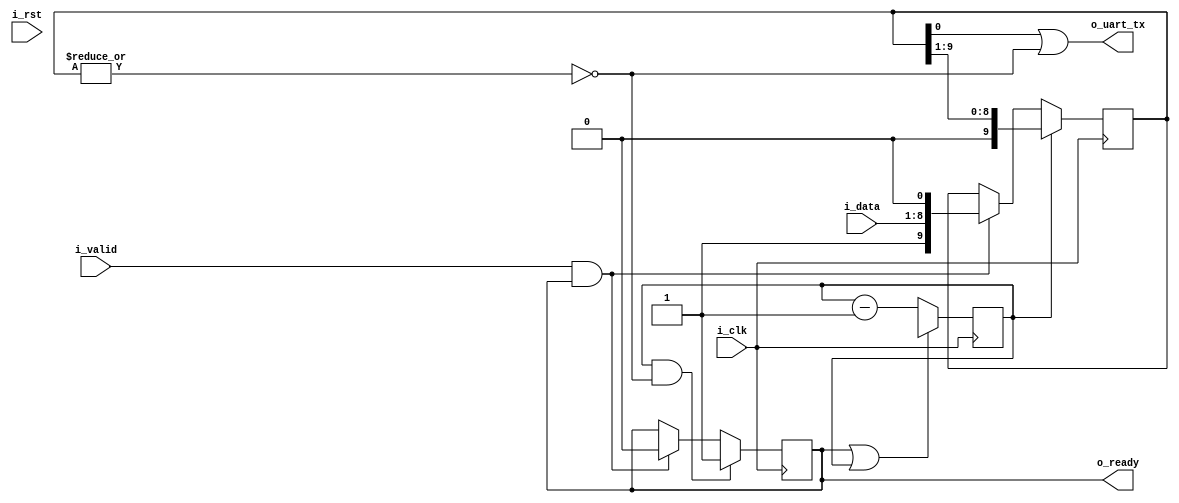
module corescore_emitter_uart
  #(
    parameter clk_freq_hz = 0,
    parameter baud_rate = 57600)
  (
   input wire 	    i_clk,
   input wire 	    i_rst,
   input wire [7:0] i_data,
   input wire 	    i_valid,
   output reg 	    o_ready,
   output wire 	    o_uart_tx
);

   localparam START_VALUE = clk_freq_hz/baud_rate;
   
   localparam WIDTH = $clog2(START_VALUE);
   
   reg [WIDTH:0]  cnt = 0;
   
   reg [9:0] 	    data;

   assign o_uart_tx = data[0] | !(|data);

   always @(posedge i_clk) begin
      if (cnt[WIDTH] & !(|data)) begin
	 o_ready <= 1'b1;
      end else if (i_valid & o_ready) begin
	 o_ready <= 1'b0;
      end

      if (o_ready | cnt[WIDTH])
	cnt <= {1'b0,START_VALUE[WIDTH-1:0]};
      else
	cnt <= cnt-1;
      
      if (cnt[WIDTH])
	data <= {1'b0, data[9:1]};
      else if (i_valid & o_ready)
	data <= {1'b1, i_data, 1'b0};
   end

endmodule